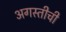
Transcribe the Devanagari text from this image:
अगस्तीची